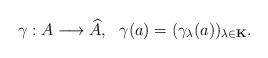
LaTeX: \begin{align*}\gamma:A\longrightarrow \widehat{A},\ \ \gamma(a)=(\gamma_\lambda(a))_{\lambda\in{\bf K}}.\end{align*}